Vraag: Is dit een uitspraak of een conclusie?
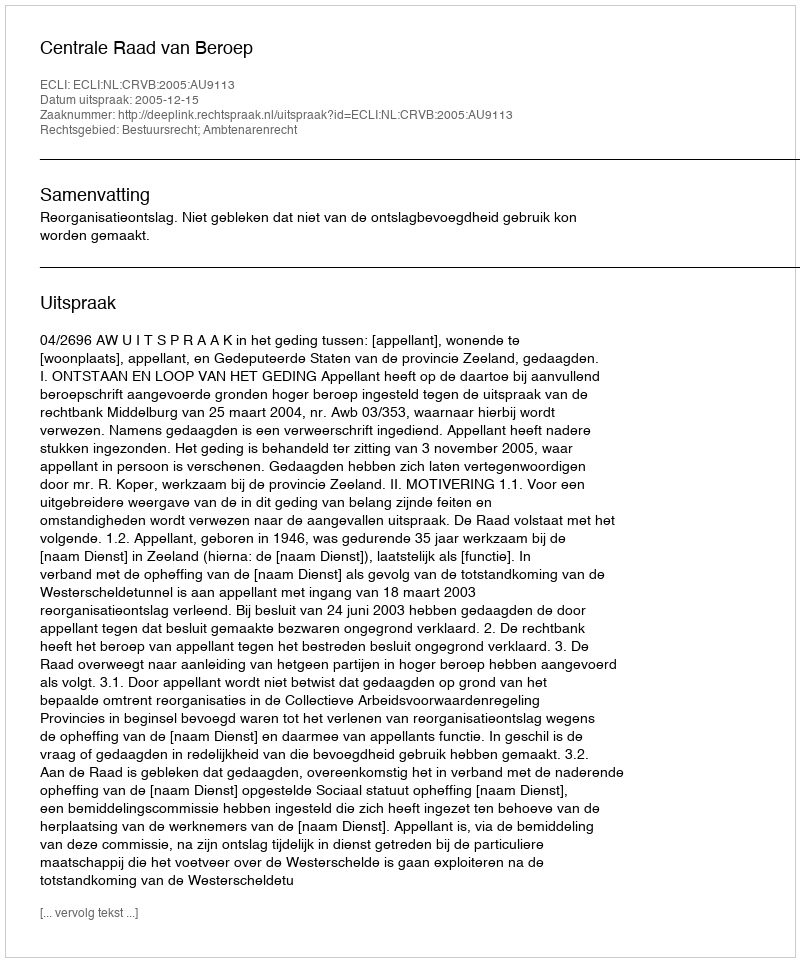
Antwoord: Uitspraak